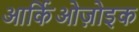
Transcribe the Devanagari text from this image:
आर्किओज़ोइक